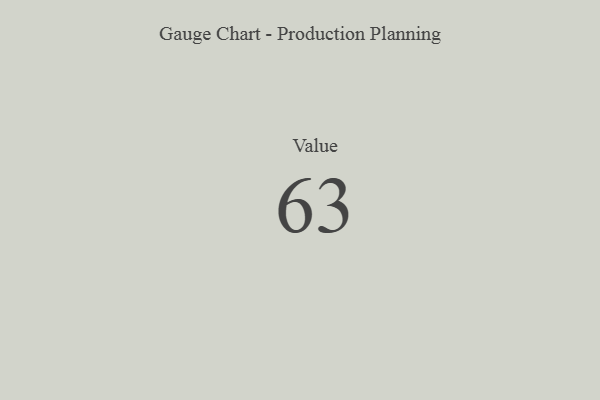
{"axis": {"x": "Metric", "y": "Value"}, "legend": [""], "data": [{"x": "Value", "y": 63, "type": ""}]}